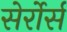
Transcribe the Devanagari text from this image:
सेर्रोर्स